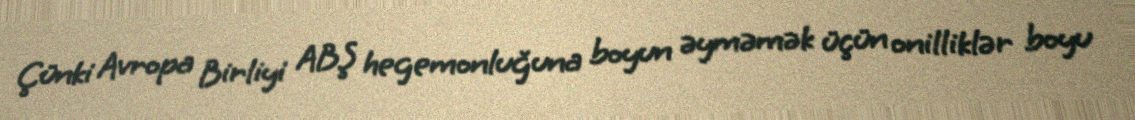
Çünki Avropa Birliyi ABŞ hegemonluğuna boyun əyməmək üçün onilliklər boyu